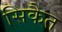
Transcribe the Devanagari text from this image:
सिकैत